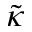
\tilde { \kappa }